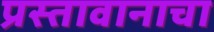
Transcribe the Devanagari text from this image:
प्रस्तावानाचा